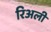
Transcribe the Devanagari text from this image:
रिअली